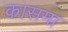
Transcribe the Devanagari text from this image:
कासमा